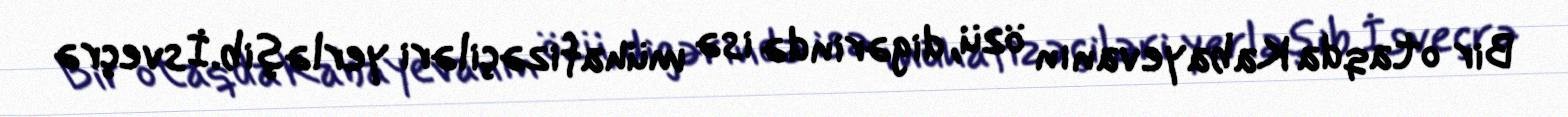
Bir otaqda Kabayevanın özü, digərində isə mühafizəçiləri yerləşib.İsveçrə